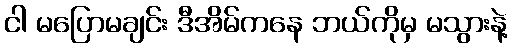
ငါ မပြောမချင်း ဒီအိမ်ကနေ ဘယ်ကိုမှ မသွားနဲ့